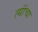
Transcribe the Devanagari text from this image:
त्यांंचा